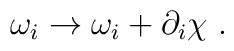
\omega_i \rightarrow \omega_i + \partial_i \chi \ .